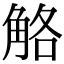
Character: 觡